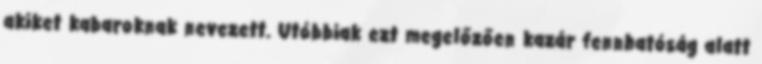
akiket kabaroknak nevezett. Utóbbiak ezt megelőzően kazár fennhatóság alatt